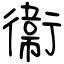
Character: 衞